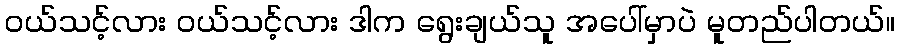
ဝယ်သင့်လား ဝယ်သင့်လား ဒါက ရွေးချယ်သူ အပေါ်မှာပဲ မူတည်ပါတယ်။